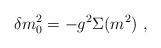
LaTeX: \begin{align*}\delta m_{0}^{2}=-g^{2}\Sigma(m^{2})\ ,\end{align*}